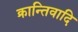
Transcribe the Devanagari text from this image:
क्रान्तिवादि